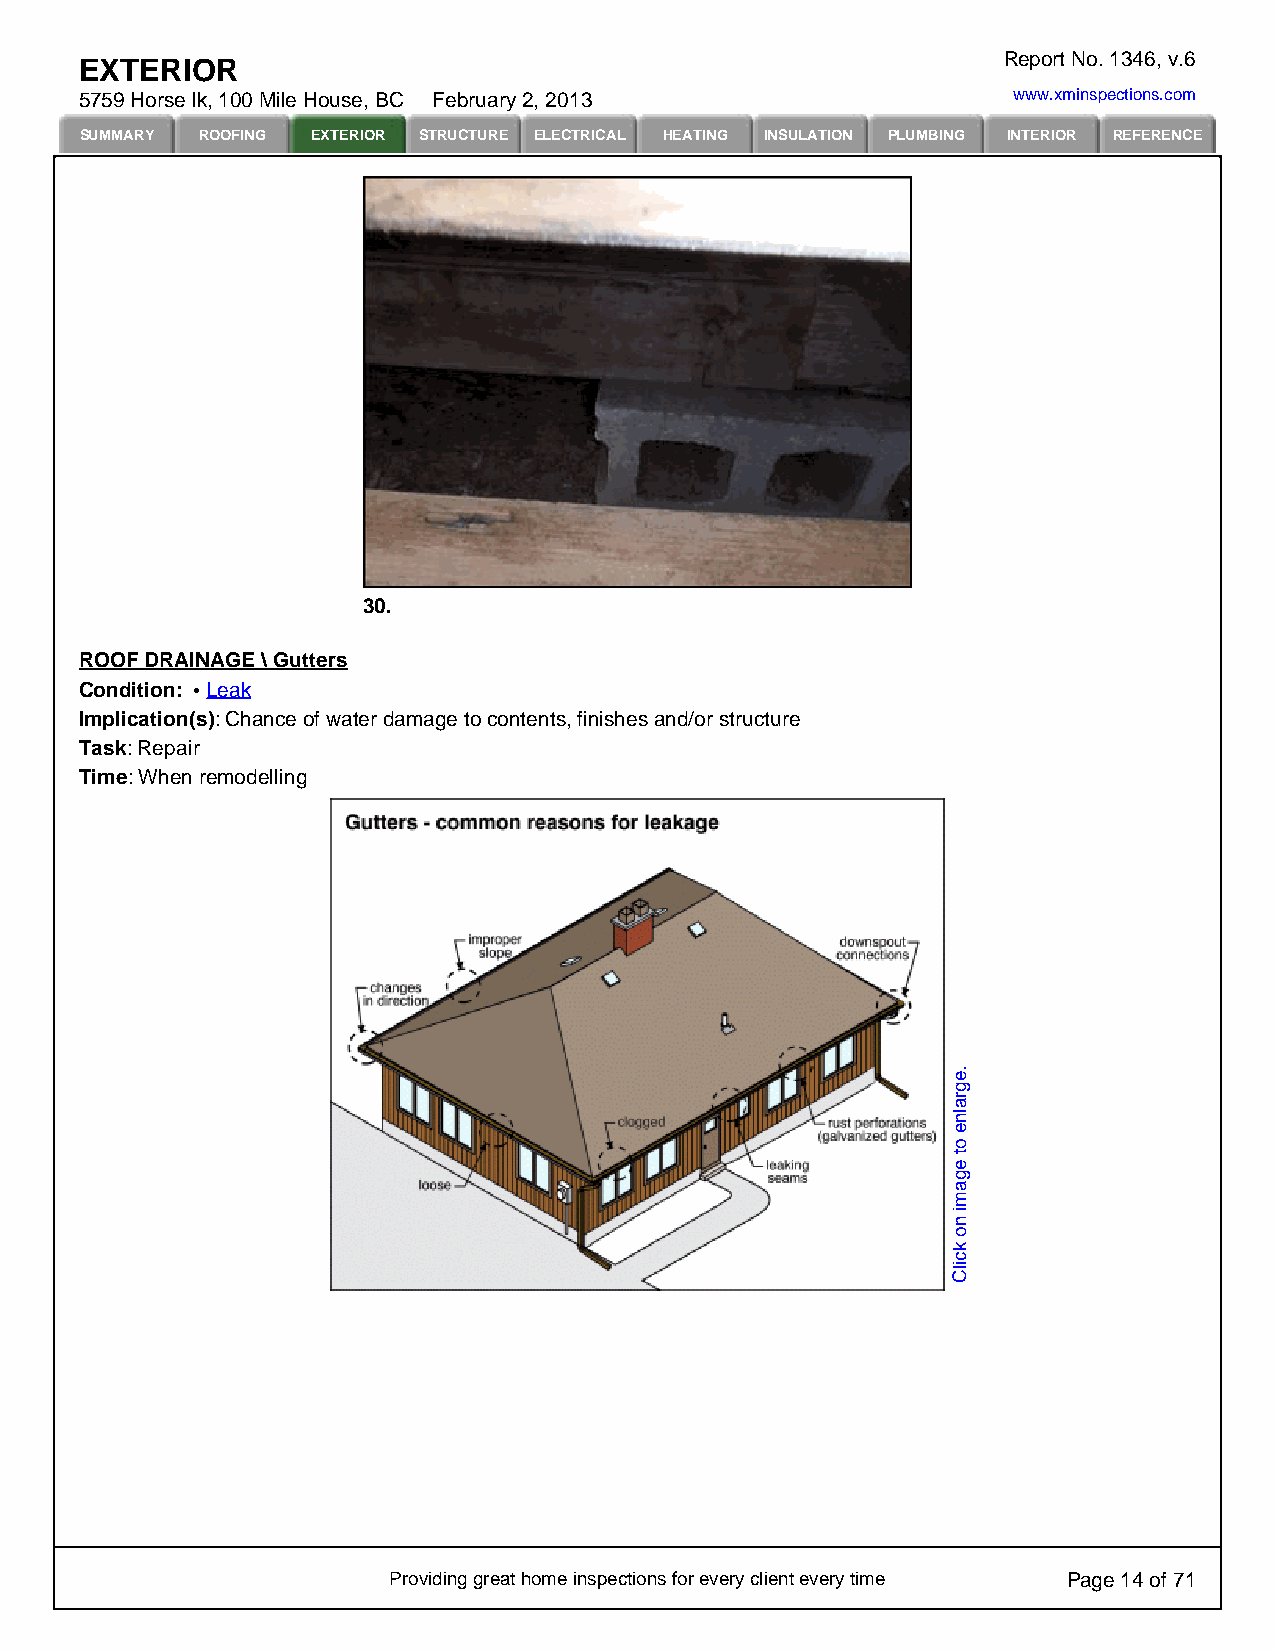
Report No. 1346, v.6
 EXTERIOR
 5759 Horse lk, 100 Mile House, BC February 2, 2013            www.xminspections.com
 SUMMARY ROOFING EXTERIOR STRUCTURE ELECTRICAL HEATING INSULATION PLUMBING INTERIOR REFERENCE
 30.
 ROOF DRAINAGE \ Gutters
 Condition: Leak
 Implication(s): Chance of water damage to contents, finishes and/or structure
 Task: Repair
 Time: When remodelling
 Providing great home inspections for every client every time Page 14 of 71
 .egralne
 ot
 egami
 no
 kcilC